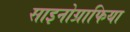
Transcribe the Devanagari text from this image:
साइनोग्राफिया